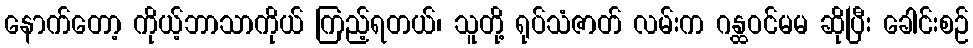
နောက်တော့ ကိုယ့်ဘာသာကိုယ် ကြည့်ရတယ်၊ သူတို့ ရုပ်သံဇာတ် လမ်းက ဂန္ထဝင်မမ ဆိုပြီး ခေါင်းစဉ်